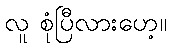
လူ စုံပြီလားဟေ့။